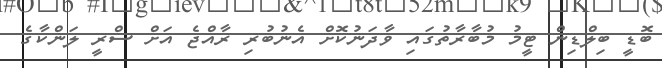
ބޮޑީ ބިލްޑިން ޓީމު މުބާރާތުގައި ވާދަނުކޮށް އެނުބުރި ރާއްޖެ އަށް ސްރީ ލަންކާގެ